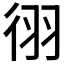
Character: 𫹓